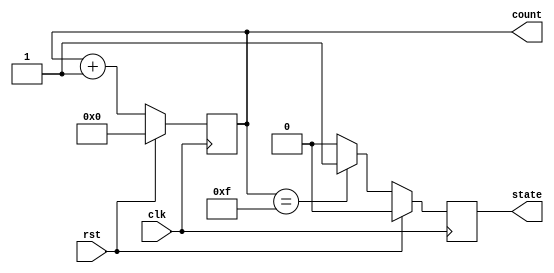
module reset_example (
    input wire clk,       // Clock signal
    input wire rst,       // Reset signal (active high)
    output reg [3:0] count, // 4-bit counter
    output reg state      // State register (1-bit for simplicity)
);

// State definitions
localparam IDLE = 1'b0;
localparam ACTIVE = 1'b1;

// Synchronous reset logic
always @(posedge clk) begin
    if (rst) begin
        // Reset conditions
        count <= 4'b0000;   // Initialize counter to 0
        state <= IDLE;      // Set state to IDLE
    end else begin
        // Normal operation
        count <= count + 1; // Increment counter
        // Example state transition
        if (count == 4'b1111) begin
            state <= ACTIVE; // Transition to ACTIVE state
        end else begin
            state <= IDLE;   // Remain in IDLE state
        end
    end
end

endmodule